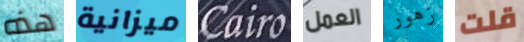
هذه ميزانية Cairo العمل زهور قلت